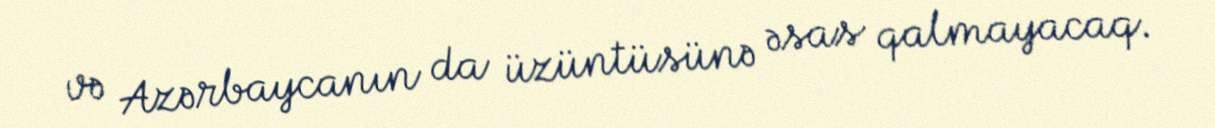
və Azərbaycanın da üzüntüsünə əsas qalmayacaq.